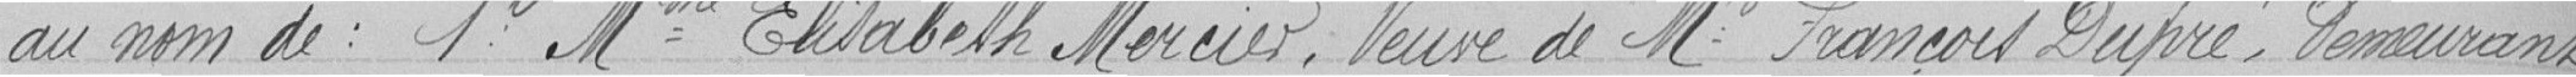
au nom de : 1° Madame Elisabeth Mercier, veuve de Monsieur François Dupré, demeurant